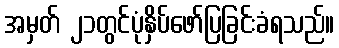
အမှတ် ၂၁တွင်ပုံနှိပ်ဖော်ပြခြင်းခံရသည်။